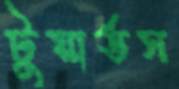
টুয়ার্ডস